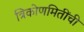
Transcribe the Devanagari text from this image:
त्रिकोणमितींची